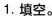
1.填空。